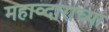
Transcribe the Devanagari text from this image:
महाव्दाराच्या